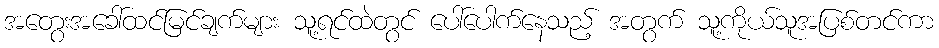
အတွေးအခေါ်ထင်မြင်ချက်များ သူ့ရင်ထဲတွင် ပေါ်ပေါက်နေသည့် အတွက် သူ့ကိုယ်သူအပြစ်တင်ကာ